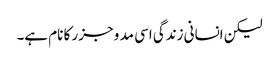
لیکن انسانی زندگی اسی مد و جزر کا نام ہے۔